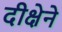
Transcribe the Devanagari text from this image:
दीक्षेने